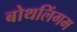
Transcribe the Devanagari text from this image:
बोथलिंगम